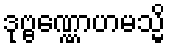
ဒုဗ္ဗဏ္ဏောဟမသ္မိ